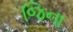
જિના